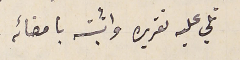
تلي عليه تقريره وأثبته بامضائه